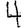
Digit: 4